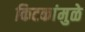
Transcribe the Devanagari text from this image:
किटकांमुळे